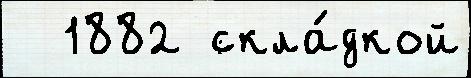
  1882 скла́дкой